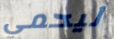
ليحمي